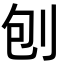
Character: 刨